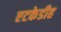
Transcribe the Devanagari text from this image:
एटकेडीह